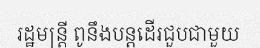
រដ្ឋមន្ត្រី ពូនឹងបន្តដើរជួបជាមួយ